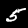
Digit: 5